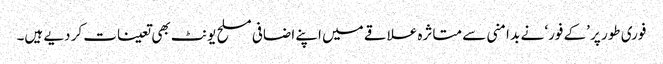
فوری طور پر ’کے فور‘ نے بد امنی سے متاثرہ علاقے میں اپنے اضافی مسلح یونٹ بھی تعینات کر دیے ہیں۔